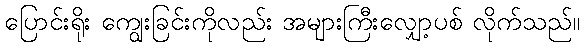
ပြောင်းရိုး ကျွေးခြင်းကိုလည်း အများကြီးလျှော့ပစ် လိုက်သည်။